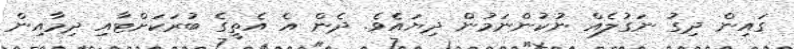
ގައިން ދިގު ނަގުލެއް ނުކުންނަމުން ދިޔައެވެ. ދެން އެ އެތީގެ ބުރަކަށްޓާއި ދިމާއިން